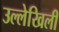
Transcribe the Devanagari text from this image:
उल्लेखिली